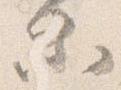
等